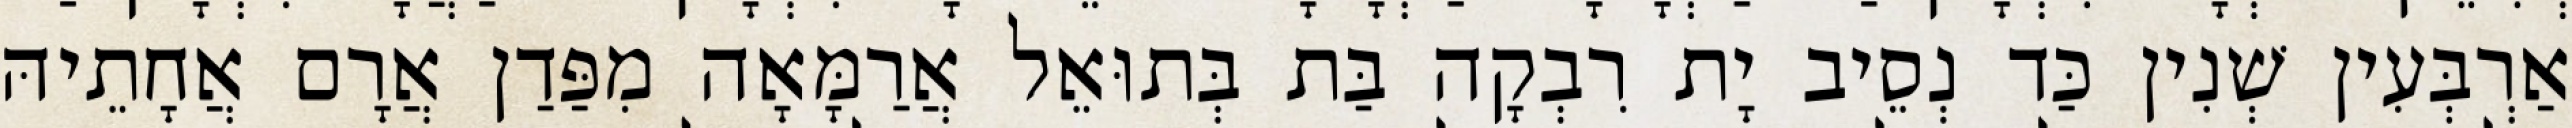
אַרְבְּעִין שְׁנִין כַּד נְסֵיב יָת רִבְקָה בַּת בְּתוּאֵל אֲרַמָּאָה מִפַּדַן אֲרָם אֲחָתֵיהּ